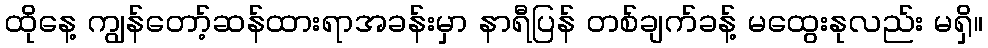
ထိုနေ့ ကျွန်တော့်ဆန်ထားရာအခန်းမှာ နာရီပြန် တစ်ချက်ခန့် မထွေးနုလည်း မရှိ။